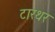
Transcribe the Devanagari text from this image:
टारथर